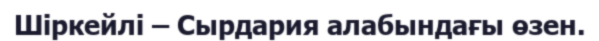
Шіркейлі – Сырдария алабындағы өзен.